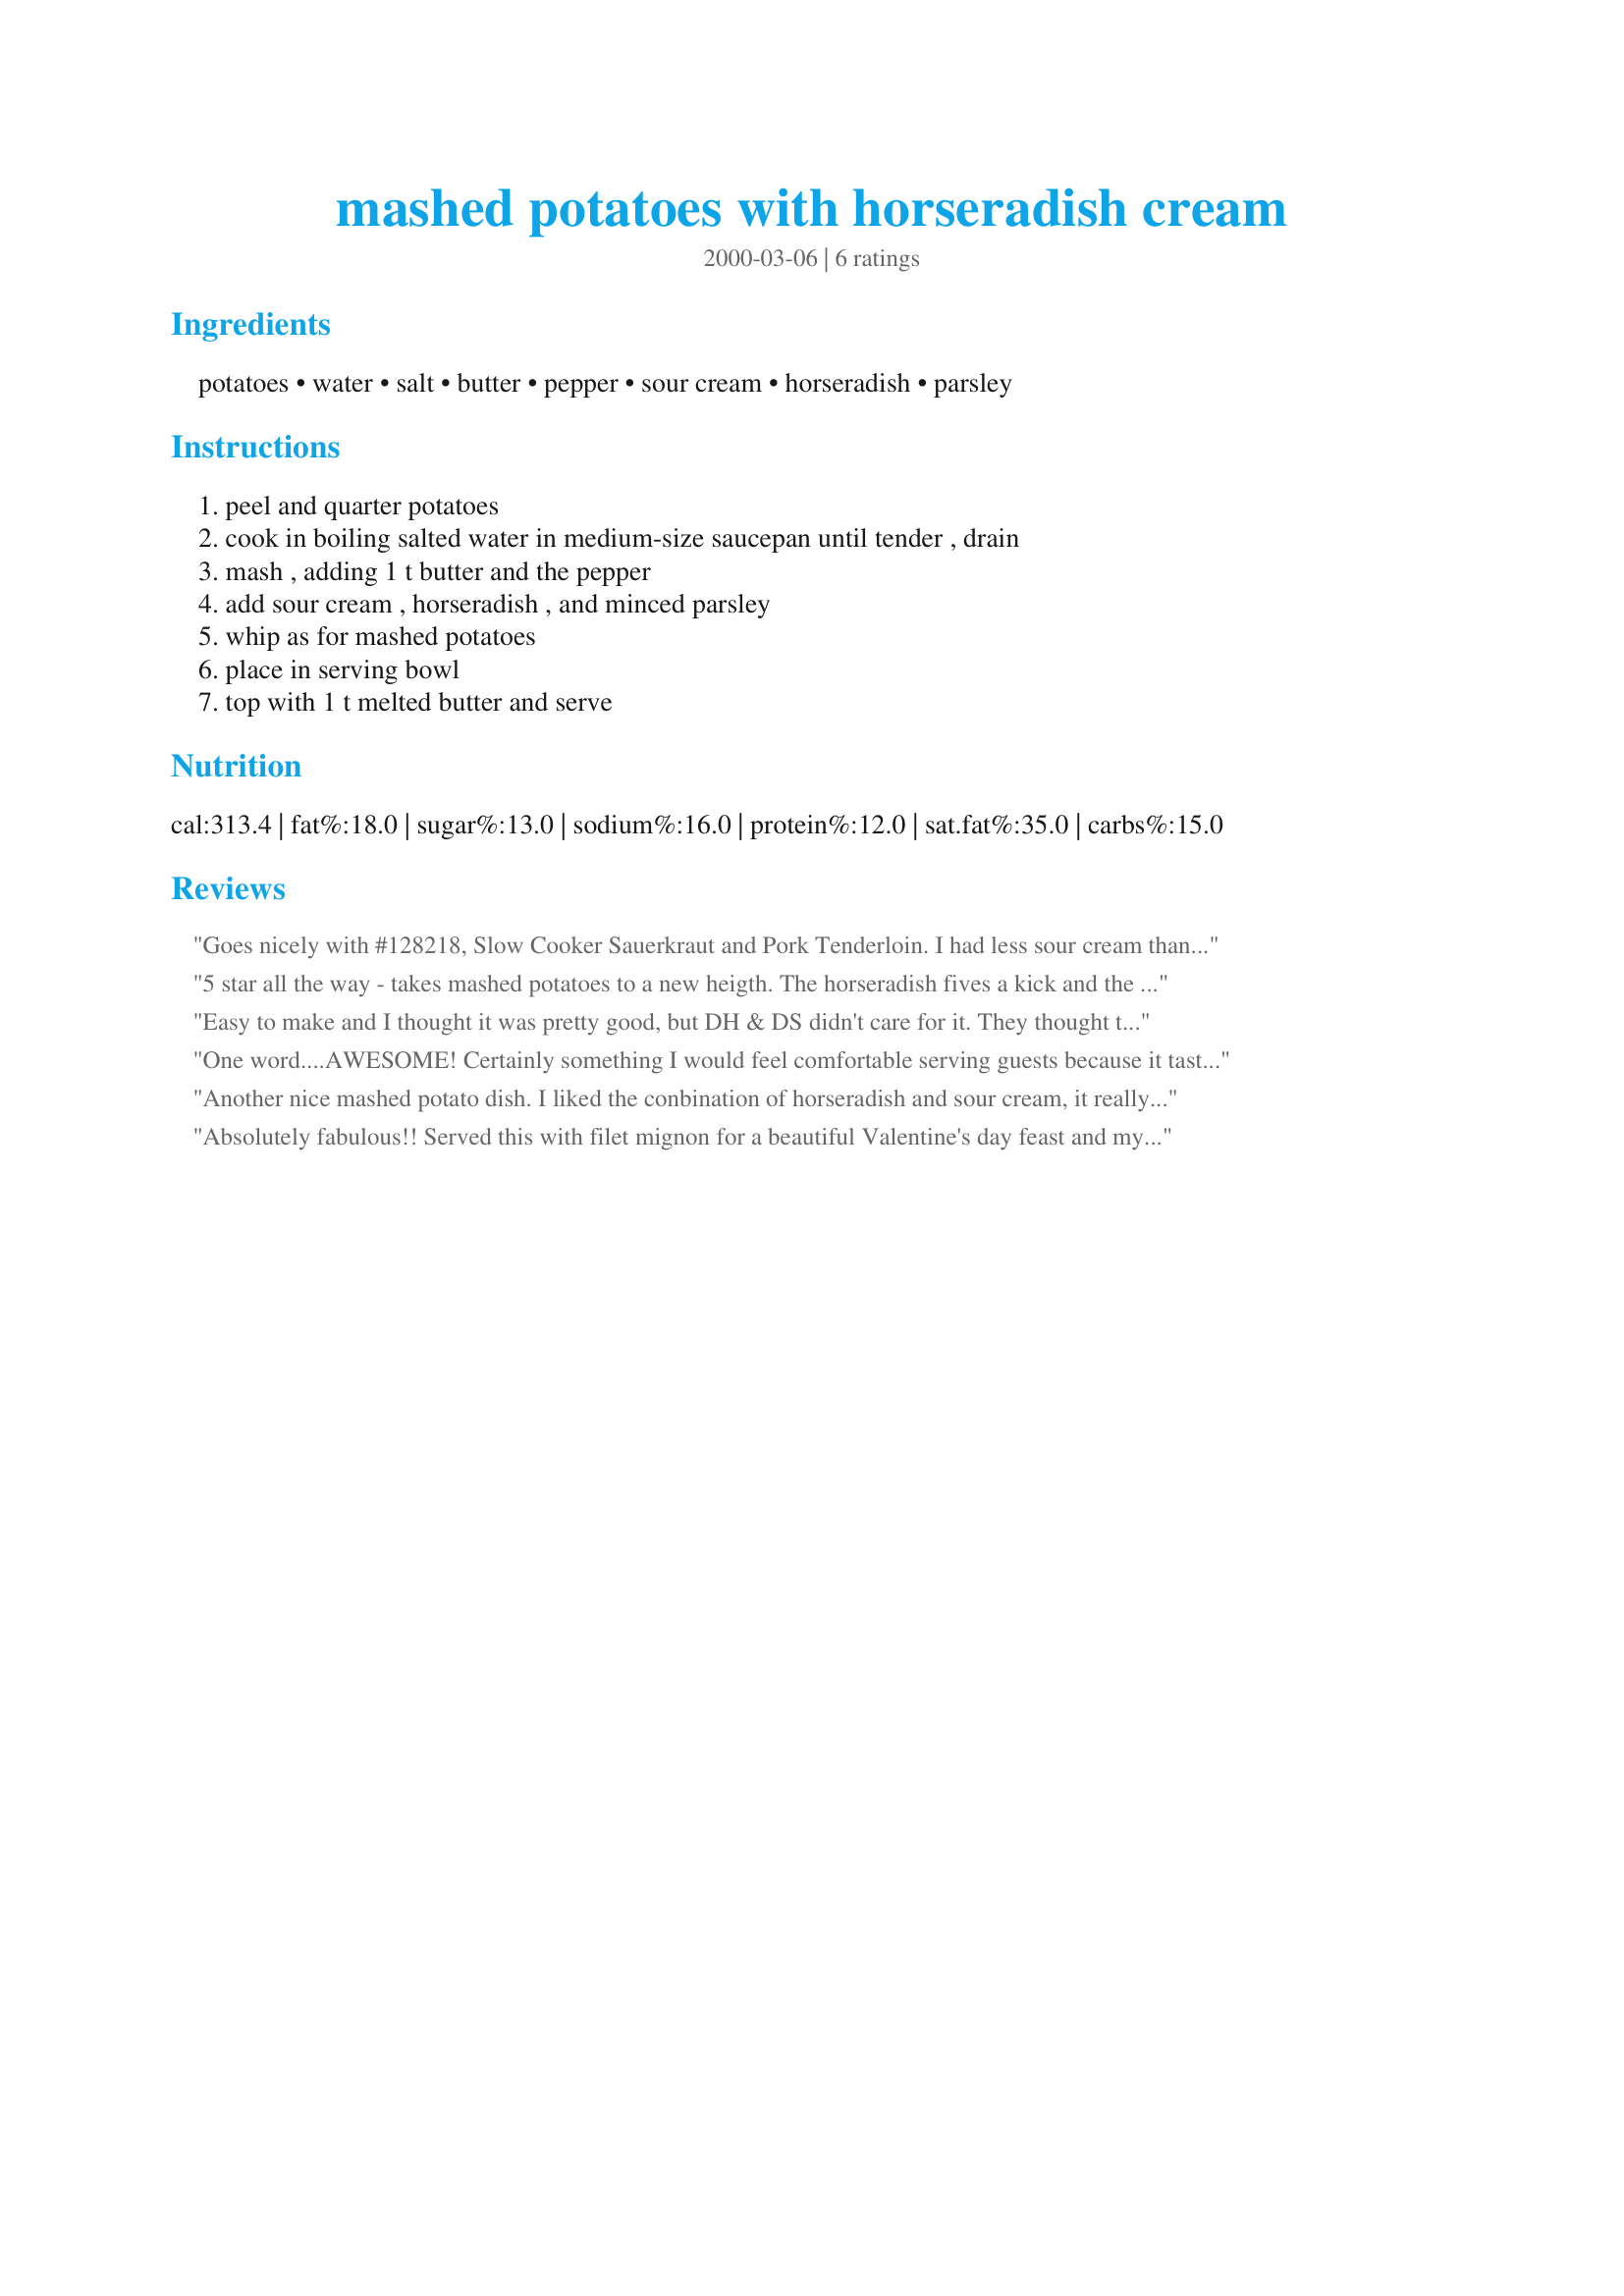
mashed potatoes with horseradish cream
Preparation time: 0 minutes

Ingredients:
potatoes, water, salt, butter, pepper, sour cream, horseradish, parsley

Steps:
peel and quarter potatoes, cook in boiling salted water in medium-size saucepan until tender , drain, mash , adding 1 t butter and the pepper, add sour cream , horseradish , and minced parsley, whip as for mashed potatoes, place in serving bowl, top with 1 t melted butter and serve

Reviews:
Goes nicely with #128218, Slow Cooker Sauerkraut and Pork Tenderloin. I had less sour cream than I thought, so I added some milk. Also added a bit of thyme. Very easy and quick. Will make again. Thanks, Jan!
5 star all the way - takes mashed potatoes to a new heigth. The horseradish fives a kick and the sourcream gives a lovely texture Thanks Jan Happy Travels
Easy to make and I thought it was pretty good, but DH & DS didn't care for it. They thought the horseradish made the potatoes bitter. I would probably make it again for myself, but not for the whole family. Thanks for sharing.
One word....AWESOME! Certainly something I would feel comfortable serving guests because it tastes like something I spent a lot of time making but was really a cinch to throw together! Thanks for a keeper! Oh, I added some milk too...just to keep it from being too dry!
Another nice mashed potato dish. I liked the conbination of horseradish and sour cream, it really was good.
Absolutely fabulous!! Served this with filet mignon for a beautiful Valentine's day feast and my husband went wild! The horseradish flavor is very smooth and compliments beef very well. We will definitely have this with steaks and with burgers.
